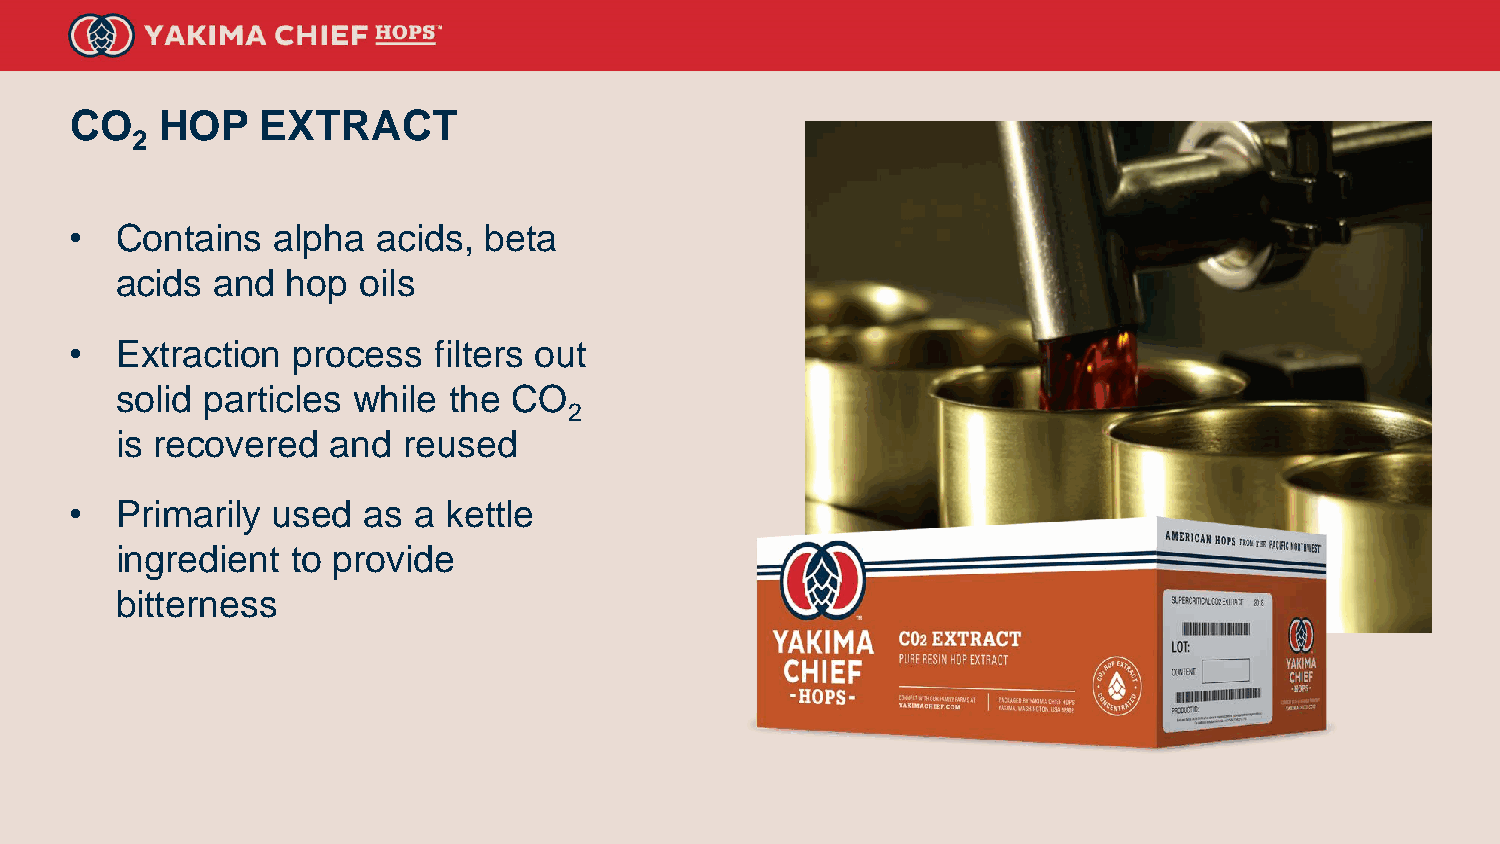
CO    HOP   EXTRACT
 2
 •  Contains  alpha  acids, beta
 acids and  hop  oils
 •  Extraction process   filters out
 solid particles while the CO
 2
 is recovered  and  reused
 •  Primarily used  as a kettle
 ingredient to provide
 bitterness